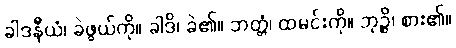
ခါဒနီယံ၊ ခဲဖွယ်ကို။ ခါဒိ၊ ခဲ၏။ ဘတ္တံ၊ ထမင်းကို။ ဘုဉ္ဇိ၊ စား၏။